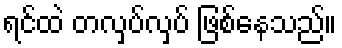
ရင်ထဲ တလှပ်လှပ် ဖြစ်နေသည်။